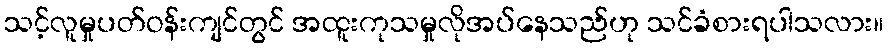
သင့်လူမှုပတ်ဝန်းကျင်တွင် အထူးကုသမှုလိုအပ်နေသည်ဟု သင်ခံစားရပါသလား။